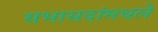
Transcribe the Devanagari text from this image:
सभासदांमधले